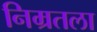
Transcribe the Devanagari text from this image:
निम्रतला